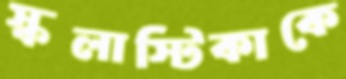
স্কলাস্টিকাকে